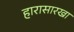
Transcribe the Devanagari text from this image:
हारासारखा